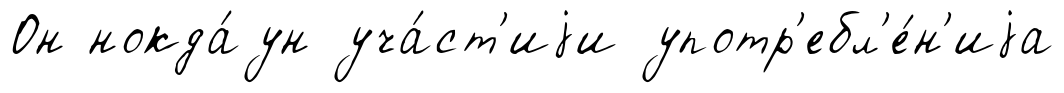
Он нокда́ун уча́ст'иjи употр'ебл'е́н'иjа